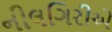
નીલગિરીએ